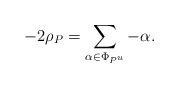
LaTeX: \begin{align*}-2\rho_P = \sum_{\alpha\in \Phi_{P^u}}-\alpha.\end{align*}